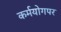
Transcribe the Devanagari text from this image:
कर्मयोगपर